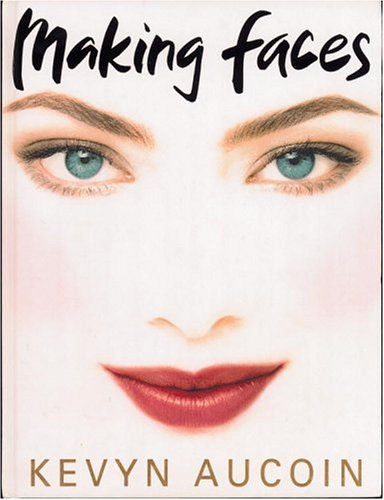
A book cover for Making Faces; Kevyn Aucoin; Health, Fitness & Dieting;